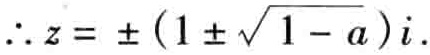
\(\therefore z = \pm(1\pm\sqrt{1 - a})i\)